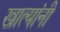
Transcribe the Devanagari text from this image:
खात्यांनी